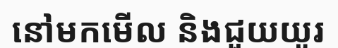
នៅមកមើល និងជួយយូរ